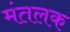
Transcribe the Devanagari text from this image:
मंतलक